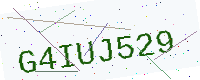
Text: G4IUJ529